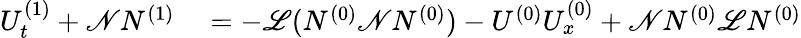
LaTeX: \begin{array}{rl}{U_{t}^{(1)}+\mathscr{N}N^{(1)}}&{{}=-\mathscr{L}(N^{(0)}\mathscr{N}N^{(0)})-U^{(0)}U_{x}^{(0)}+\mathscr{N}N^{(0)}\mathscr{L}N^{(0)}}\end{array}